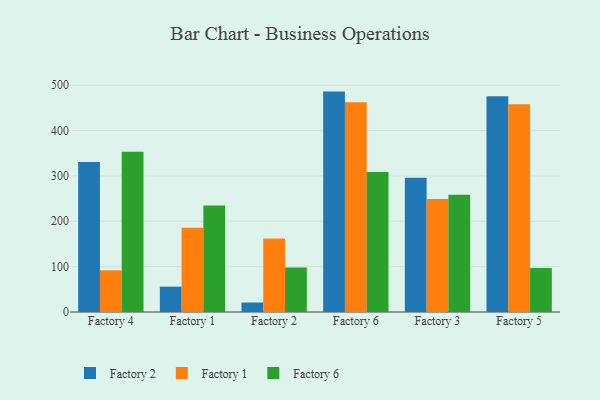
{"axis": {"x": "Factory", "y": "Latency (ms)"}, "legend": ["Factory 1", "Factory 2", "Factory 6"], "data": [{"x": "Factory 4", "y": 330.5, "type": "Factory 2"}, {"x": "Factory 4", "y": 91.8, "type": "Factory 1"}, {"x": "Factory 4", "y": 353.5, "type": "Factory 6"}, {"x": "Factory 1", "y": 55.9, "type": "Factory 2"}, {"x": "Factory 1", "y": 186.0, "type": "Factory 1"}, {"x": "Factory 1", "y": 234.8, "type": "Factory 6"}, {"x": "Factory 2", "y": 20.9, "type": "Factory 2"}, {"x": "Factory 2", "y": 161.9, "type": "Factory 1"}, {"x": "Factory 2", "y": 98.2, "type": "Factory 6"}, {"x": "Factory 6", "y": 485.9, "type": "Factory 2"}, {"x": "Factory 6", "y": 462.4, "type": "Factory 1"}, {"x": "Factory 6", "y": 308.9, "type": "Factory 6"}, {"x": "Factory 3", "y": 295.9, "type": "Factory 2"}, {"x": "Factory 3", "y": 249.1, "type": "Factory 1"}, {"x": "Factory 3", "y": 258.7, "type": "Factory 6"}, {"x": "Factory 5", "y": 475.7, "type": "Factory 2"}, {"x": "Factory 5", "y": 458.0, "type": "Factory 1"}, {"x": "Factory 5", "y": 96.9, "type": "Factory 6"}]}